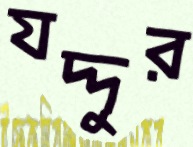
যদ্দুর